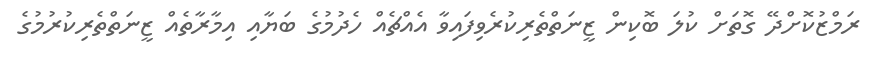
ރަމްޒުކޮށްދޭ ގޮތަށް ކުލަ ބޮކިން ޒީނަތްތެރިކުރެވިފައިވާ އެއްޗެއް ހެދުމުގެ ބަޔާއި އިމާރާތެއް ޒީނަތްތެރިކުރުމުގެ